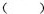
()